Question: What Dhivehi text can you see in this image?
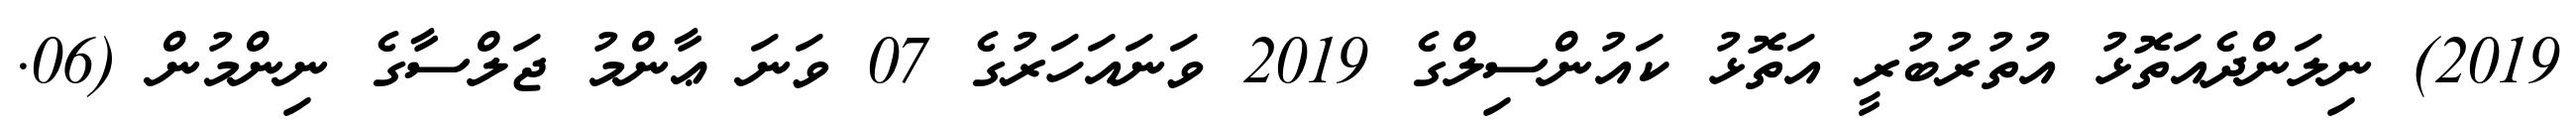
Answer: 2019) ނިލަންދެއަތޮޅު އުތުރުބުރީ އަތޮޅު ކައުންސިލްގެ 2019 ވަނައަހަރުގެ 07 ވަނަ ޢާންމު ޖަލްސާގެ ނިންމުން (06.